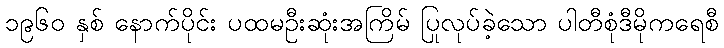
၁၉၆၀ နှစ် နောက်ပိုင်း ပထမဦးဆုံးအကြိမ် ပြုလုပ်ခဲ့သော ပါတီစုံဒီမိုကရေစီ